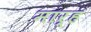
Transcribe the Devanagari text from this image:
मार्ह